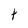
Character: t